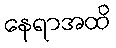
နေရာအထိ